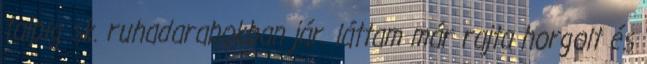
talpig sk. ruhadarabokban jár. láttam már rajta horgolt és